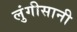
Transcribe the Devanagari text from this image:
लुंगीसानी